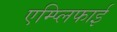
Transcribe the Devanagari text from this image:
एम्प्लिफाई